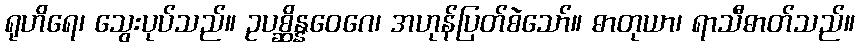
ရုဟိရေ၊ သွေးပုပ်သည်။ ဥပစ္ဆိန္နဝေဂေ၊ အဟုန်ပြတ်စဲသော်။ ဓာတုယာ၊ ရာသီဓာတ်သည်။